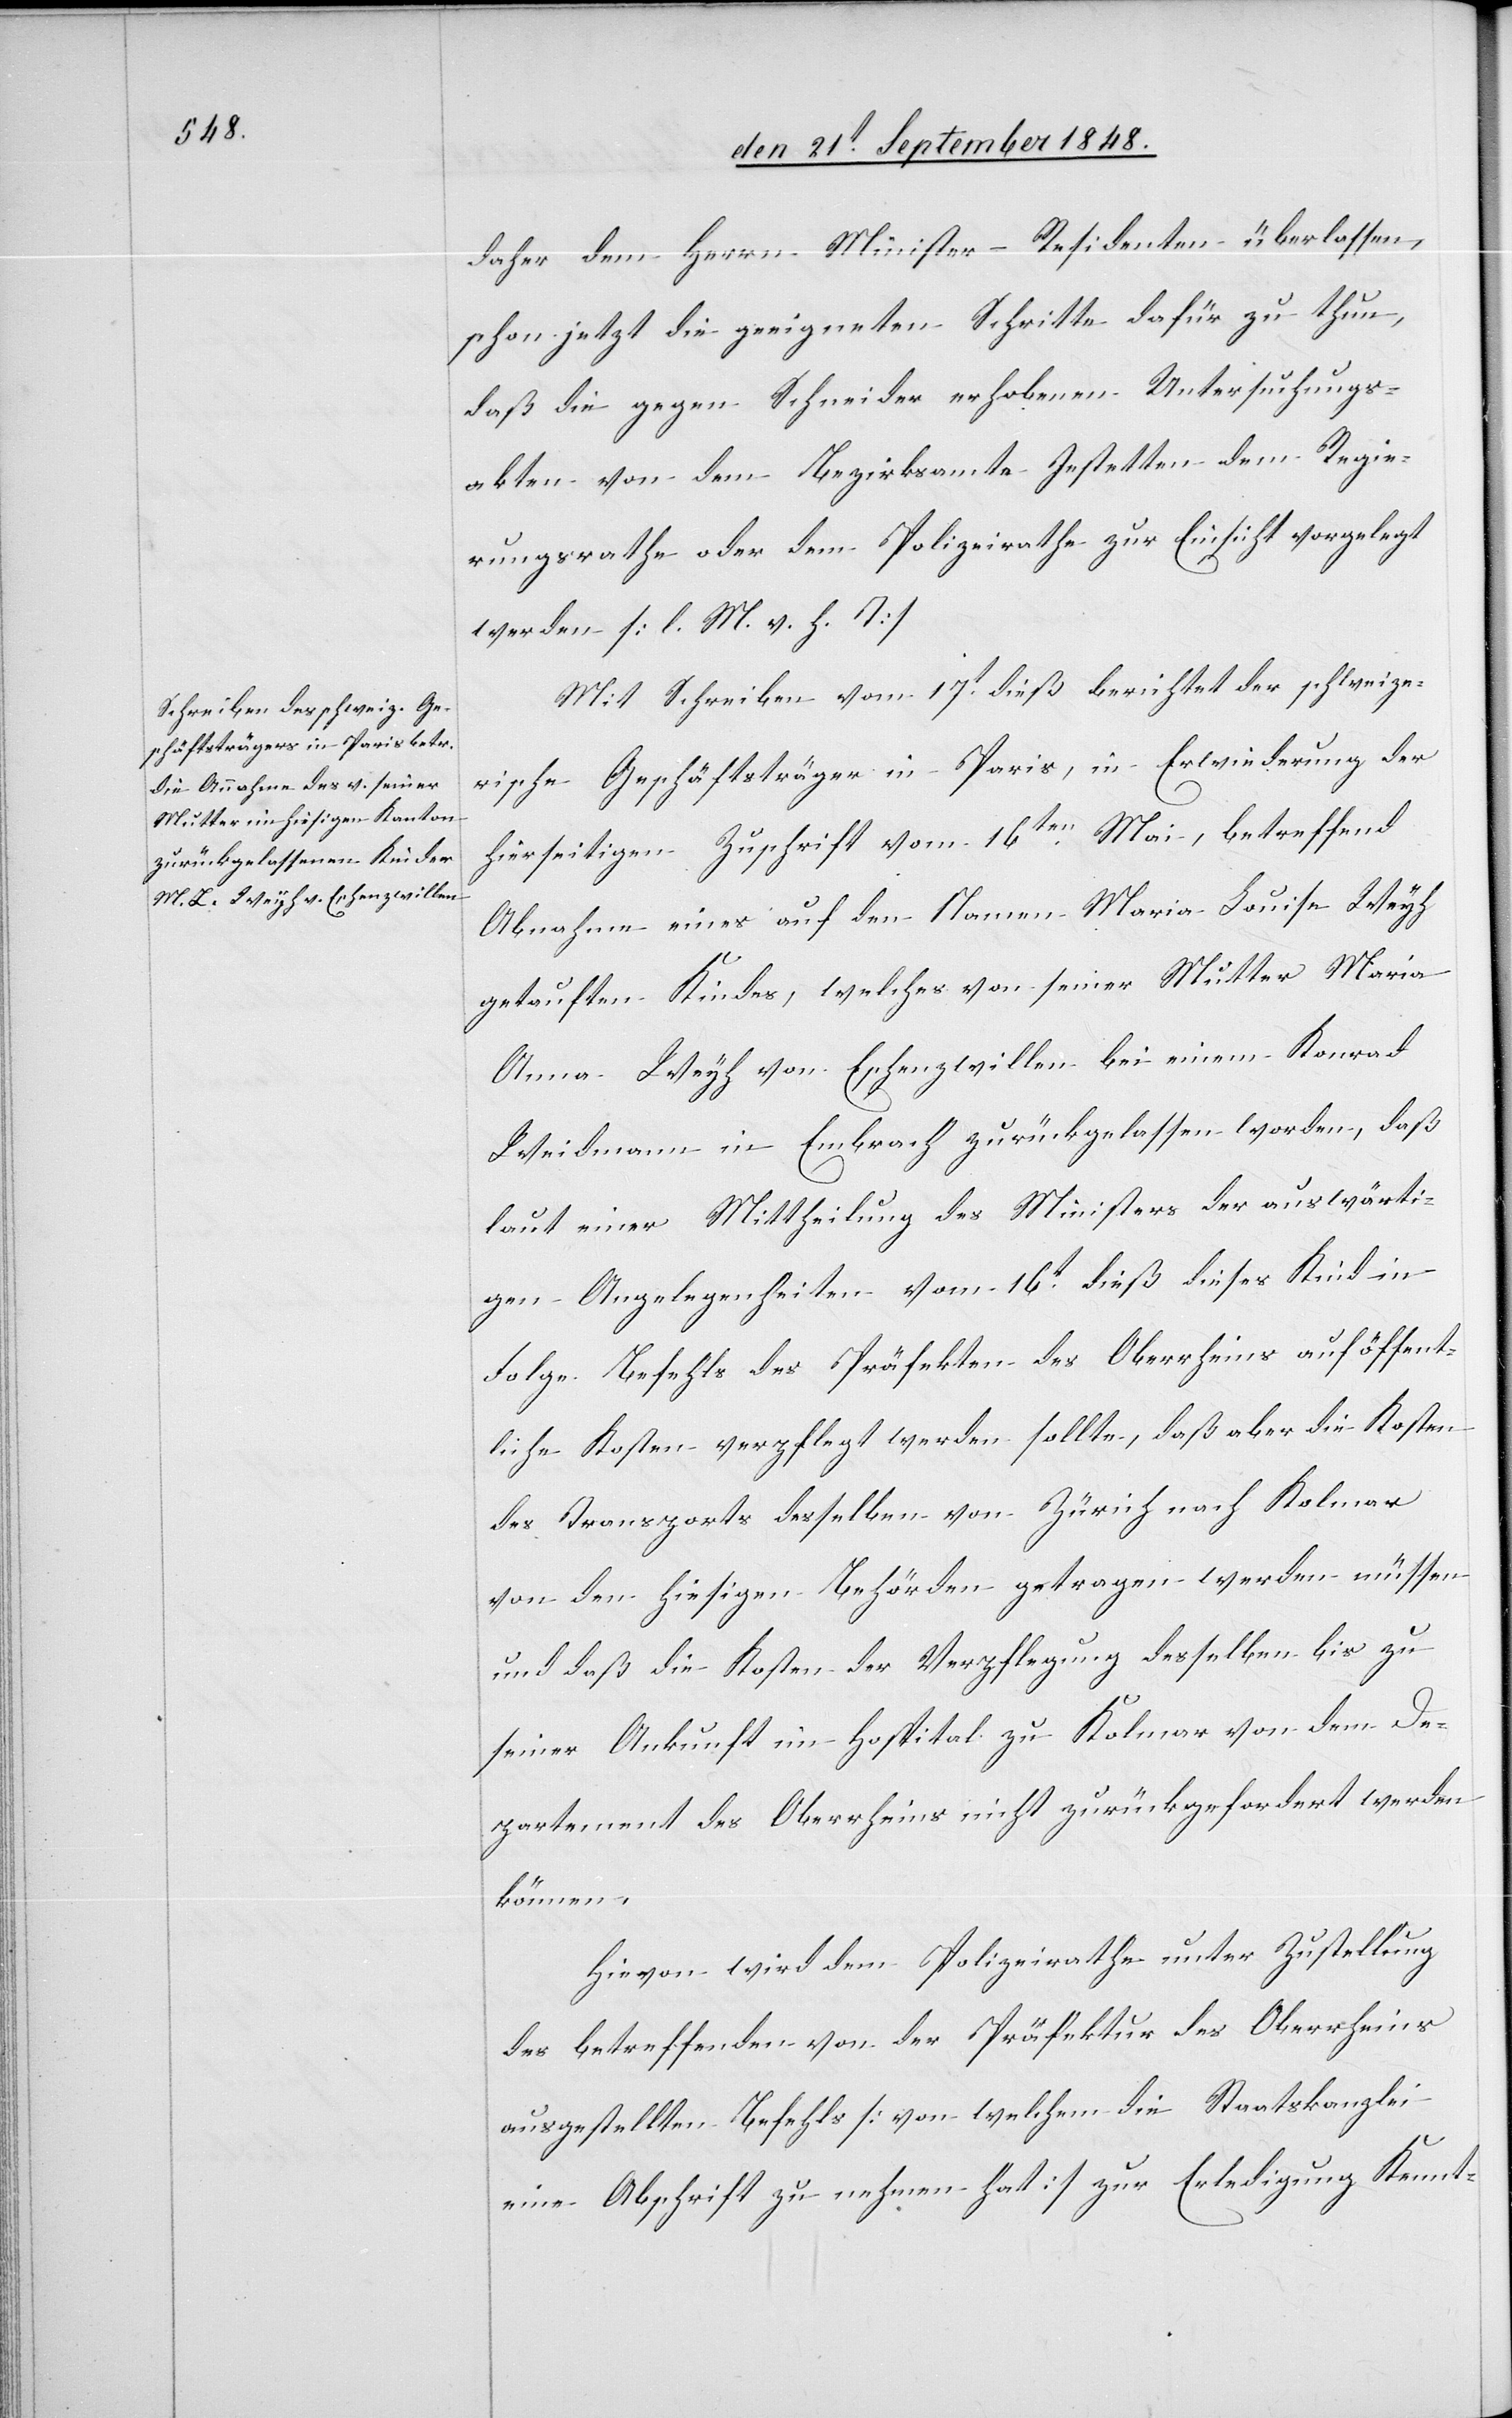
daher dem Herrn Minister–Residenten überlassen,
schon jetzt die geeigneten Schritte dafür zu thun,
daß die gegen Schneider erhobenen Untersuchungs¬
akten von dem Bezirksamte Jestetten dem Regie¬
rungsrathe oder dem Polizeirathe zur Einsicht vorgelegt
werden. [l. M. v. h. T]
Mit Schreiben vom 17t dieß berichtet der schweize¬
rische Geschäftsträger in Paris, in Erwiederung der
hierseitigen Zuschrift vom 16ten Mai, betreffend
Abnahme eines auf den Namen Maria Louisa Weyh
getauften Kindes, welches von seiner Mutter Maria
Anna Weyh von Eschenzwillen bei einem Konrad
Weidmann in Embrach zurückgelassen worden, daß
laut einer Mittheilung des Ministers der auswärti¬
gen Angelegenheiten vom 16t dieß dieses Kind in
Folge Befehls des Präfekten des Oberrheins auf öffent¬
liche Kosten verpflegt werden sollte, daß aber die Kosten
des Transports desselben von Zürich nach Kolmar
von den hiesigen Behörden getragen werden müssen
und daß die Kosten der Verpflegung desselben bis zu
seiner Ankunft im Hospital zu Kolmar von dem De¬
partment des Oberrheins nicht zurückgefordert werden
können.
Hievon wird dem Polizeirathe unter Zustellung
des betreffenden von der Präfektur des Oberrheins
ausgestellten Befehls [von welchem die Staatskanzlei
eine Abschrift zu nehmen hat] zur Erledigung Kennt-